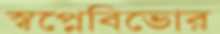
স্বপ্নেবিভোর